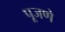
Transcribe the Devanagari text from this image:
पूजणे